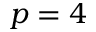
p = 4